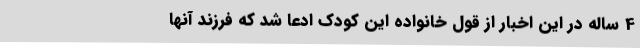
4 ساله در این اخبار از قول خانواده این کودک ادعا شد که فرزند آنها